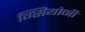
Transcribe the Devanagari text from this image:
ग्सियोनी